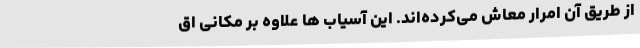
از طریق آن امرار معاش می‌کرده‌اند. این آسیاب ها علاوه بر مکانی اق